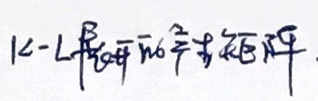
K-L展开的产生矩阵